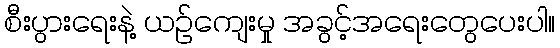
စီးပွားရေးနဲ့ ယဉ်ကျေးမှု အခွင့်အရေးတွေပေးပါ။